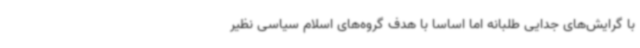
با گرایش‌های جدایی طلبانه اما اساسا با هدف گروه‌های اسلام سیاسی نظیر